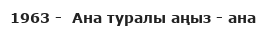
1963 -  Ана туралы аңыз - ана